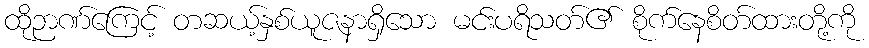
ထိုဉာဏ်ကြေင့် တဆယ့်နှစ်ယူဇနာရှိသော မင်းပရိသတ်၏ စိုက်နေစိတ်ထားတို့ကို